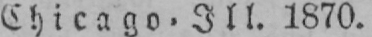
Chicago, Ill. 1870.